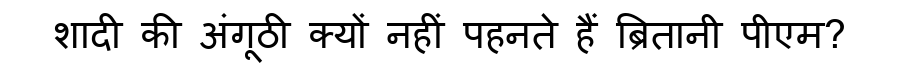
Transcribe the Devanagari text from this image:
शादी की अंगूठी क्यों नहीं पहनते हैं ब्रितानी पीएम?